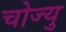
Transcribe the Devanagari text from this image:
चोज्यु